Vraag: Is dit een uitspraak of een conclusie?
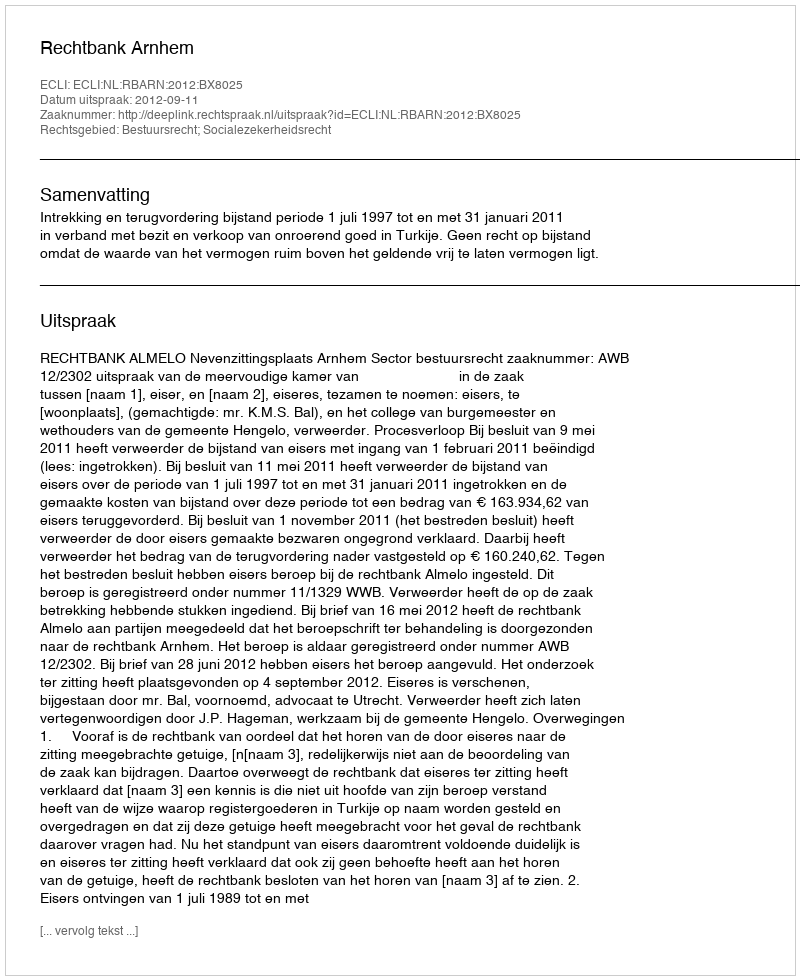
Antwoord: Uitspraak